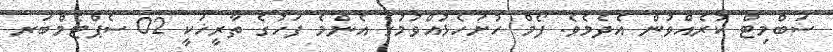
ސަބްމިޓް ކުރެއްވުން އެދެމެވެ. ފޯމް ހުށަހެޅުއްވުމުގެ އެންމެ ފަހުގެ ތާރީޚަކީ 02 ސެޕްޓެމްބަރ